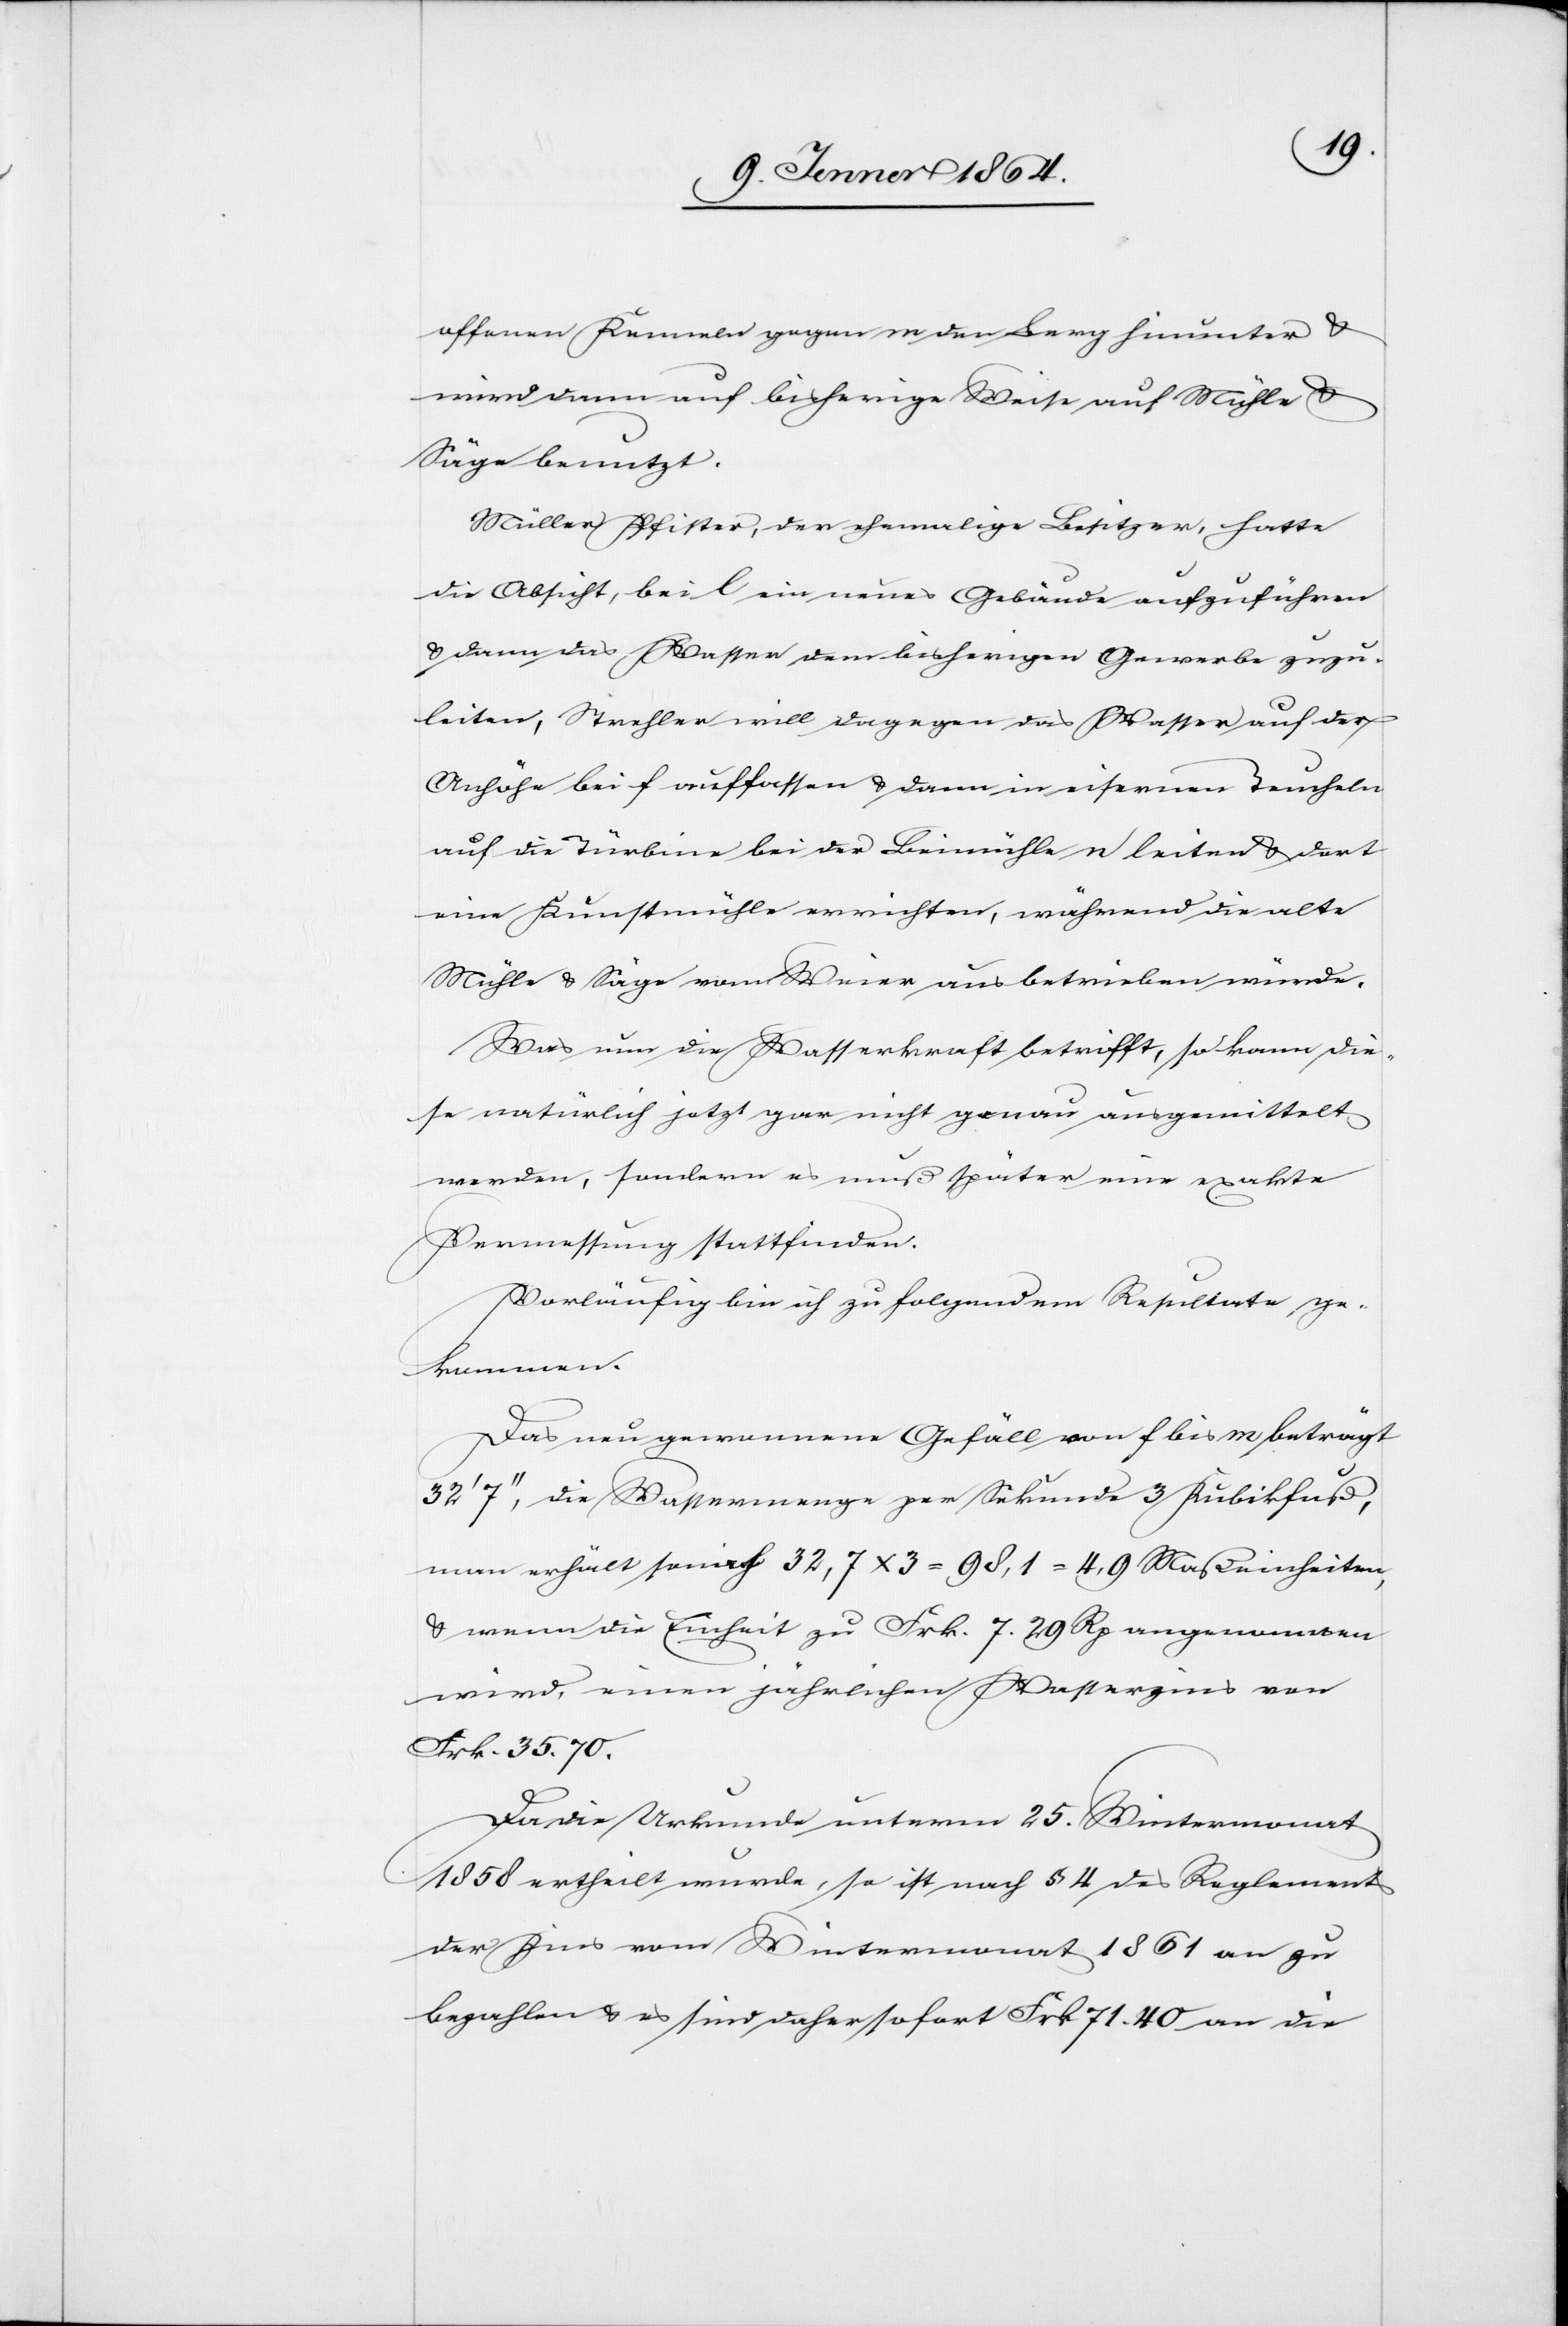
offenen Kanalen gegen m den Hang hinunter u.
wird dann auf bisherige Weise auf Mühle u.
Säge benutzt.
Müller Pfister, der ehemalige Besitzer, hatte
die Absicht, bei l ein neues Gebäude aufzuführen
u. dann das Wasser dem bisherigen Gewerbe zuzu¬
leiten, Strehler will dagegen das Wasser auf der
Anhöhe bei d auffassen u. dann in eisernen Teucheln
auf die Turbine bei der Beimühle n leiten u. dort
eine Kunstmühle errichten, während die alte
Mühle u. Säge vom Weier aus betrieben würde.
Was nur die Wasserkraft betrifft, so kann die¬
se natürlich jetzt gar nicht genau ausgemittelt
werden, sondern es muß später eine exakte
Vermessung stattfinden.
Vorläufig bin ich zu folgenden Resultaten ge¬
kommen.
Das neu gewonnene Gefäll von f bis m beträgt
7 Zoll, die Wassermenge per Sekunde 3 Kubikfuß,
man erhält somit 32,7 x 3 = 98,1 = 4,9 Maßeinheiten,
u. wenn die Einheit zu Frk. 7.29 Rp angenommen
wird, einen jährlichen Wasserzins von
Frk. 35.70.
Da die Urkunde unterm 25. Wintermonat
1858 ertheilt wurde, so ist nach § 4 des Reglements
der Zins vom Wintermonat 1861 an zu
bezahlen u. es sind daher sofort Frk 71.40 an die